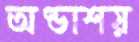
অণ্ডাশয়